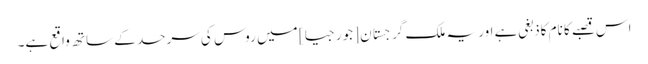
اس قصبے کا نام کاذبغی ہے اور یہ ملک گرجستان [جورجیا] میں روس کی سرحد کے ساتھ واقع ہے۔